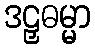
ဒဠှဓမ္မာ